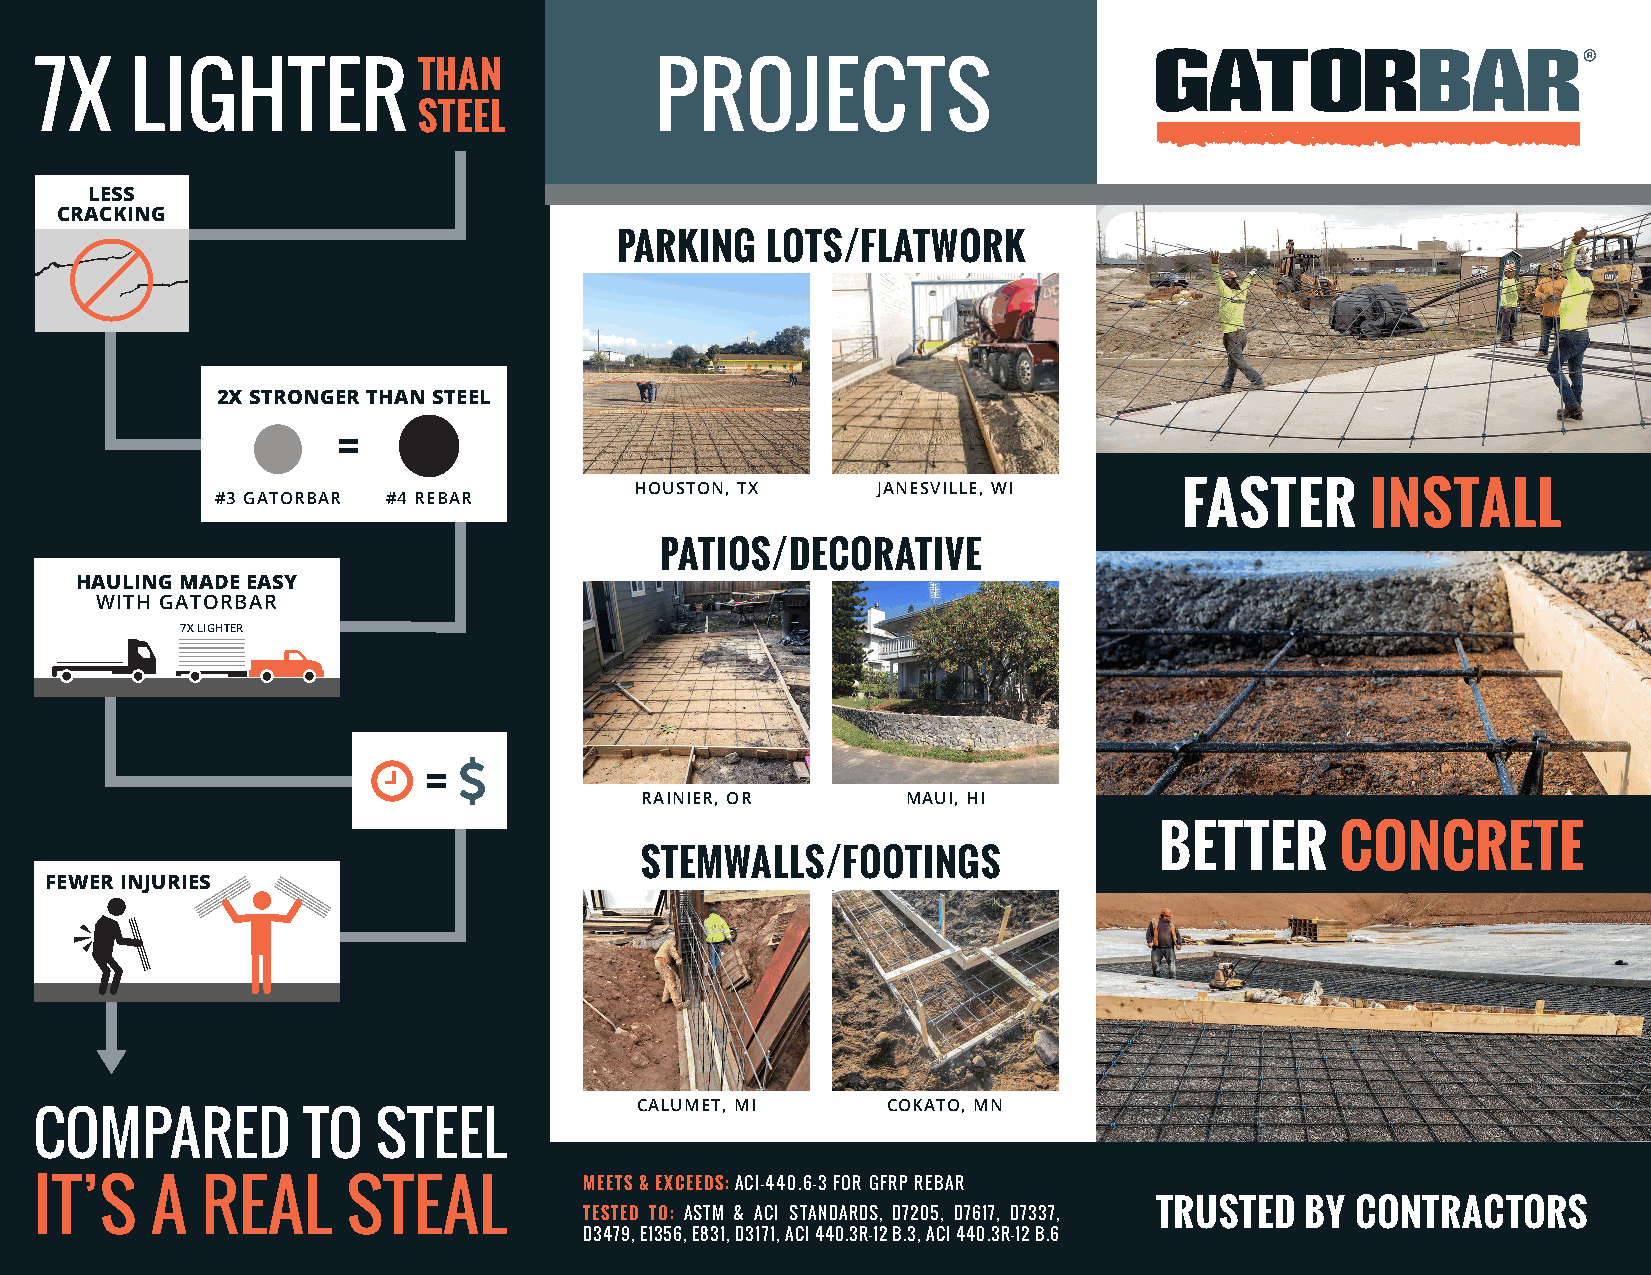
THAN
 7X     LIGHTER                           PROJECTS
 STEEL
 LESS
 CRACKING
 PARKING   LOTS/FLATWORK
 2X STRONGER THAN STEEL
 HOUSTON, TX     JANESVILLE, WI
 #3 GATORBAR #4 REBAR                                            FASTER       INSTALL
 PATIOS/DECORATIVE
 HAULING MADE EASY
 WITH GATORBAR
 7X LIGHTER
 RAINIER, OR       MAUI, HI
 BETTER      CONCRETE
 STEMWALLS/FOOTINGS
 FEWER INJURIES
 CALUMET, MI      COKATO, MN
 COMPARED          TO   STEEL
 MEETS & EXCEEDS: ACI-440.6-3 FOR GFRP REBAR
 IT’S    A  REAL      STEAL
 TESTED TO: ASTM & ACI STANDARDS, D7205, D7617, D7337, TRUSTED BY CONTRACTORS
 D3479, E1356, E831, D3171, ACI 440.3R-12 B.3, ACI 440.3R-12 B.6